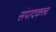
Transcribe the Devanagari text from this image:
संपादकत्त्व